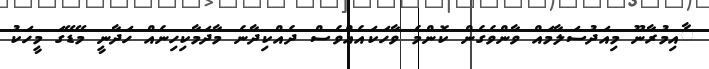
ާއިމުރާނޫ މިއަދުސަލާމައް ވާންވެގެން ކޮންމެ ވާހަކައެއްވެސް ދެއްކިދާނެ މާދަމާކިހިނެއް ހަދާނީ މޭޑޭގަ މީހަކު